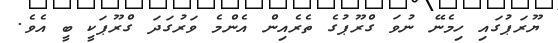
ޔޫރަޕުގައި ހިމެނޭ ނުވަ ގްރޫޕުގެ ތެރެއިން އެންމެ ވަރުގަދަ ގްރޫޕަކީ ބީ އެވެ.